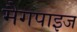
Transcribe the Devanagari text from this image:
मैगपाइज